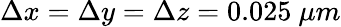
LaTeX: \Delta x=\Delta y=\Delta z=0.025~\mu m